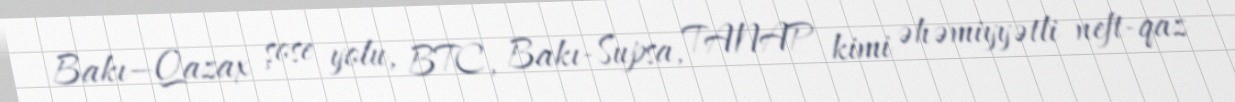
Bakı—Qazax şose yolu, BTC, Bakı-Supsa, TANAP kimi əhəmiyyətli neft-qaz